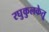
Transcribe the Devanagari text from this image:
रघुकुलकेतू